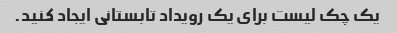
یک چک لیست برای یک رویداد تابستانی ایجاد کنید.